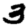
Digit: 3